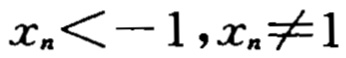
\(x_{n} < -1,x_{n} \neq 1\)